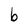
Character: b